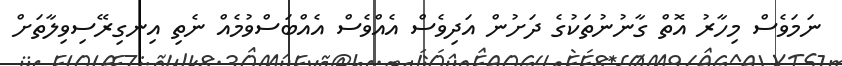
ނަމަވެސް މިހާރު އޮތް ގާނުނުތަކުގެ ދަށުން އަދިވެސް އެއްވެސް އެއްބަސްވުމެއް ނެތި އިނގިރޭސިވިލާތަށް